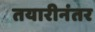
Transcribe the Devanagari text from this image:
तयारीनंतर